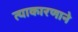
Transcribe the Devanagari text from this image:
त्याकारणाने